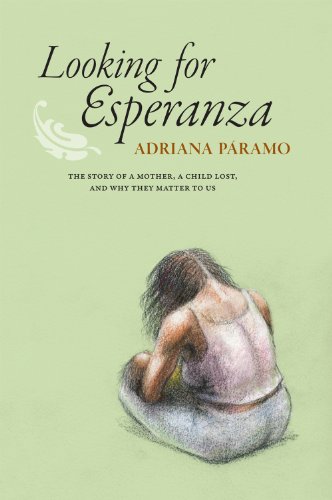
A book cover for Looking for Esperanza; Adriana Paramo; History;